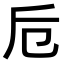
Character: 卮